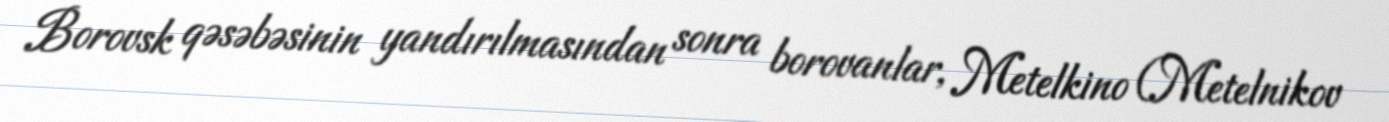
Borovsk qəsəbəsinin yandırılmasından sonra borovanlar, Metelkino (Metelnikov